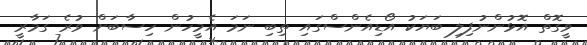
ވީގޮތް އޮޅުންނުފިލި ބަޔަކު އޯޑިއެންސްގައި ތިބި ނަމަ އެމީހުން ހިސާބަށް ވުރެ ގަމާރީ